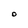
Character: D